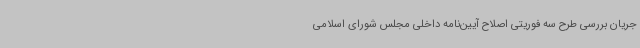
جریان بررسی طرح سه فوریتی اصلاح آیین‌نامه داخلی مجلس شورای اسلامی